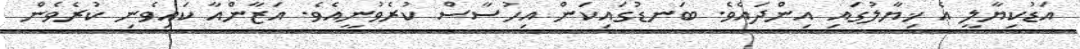
އަޑުކިޔާލީ އެ ޚިޔާލުގައި އިންދައެވެ. ބަނޑުގައިކަން އިހުސާސް ކުރެވުނީއެވެ. އަޒާންއާ ކައިވެނި ކުރެވެން